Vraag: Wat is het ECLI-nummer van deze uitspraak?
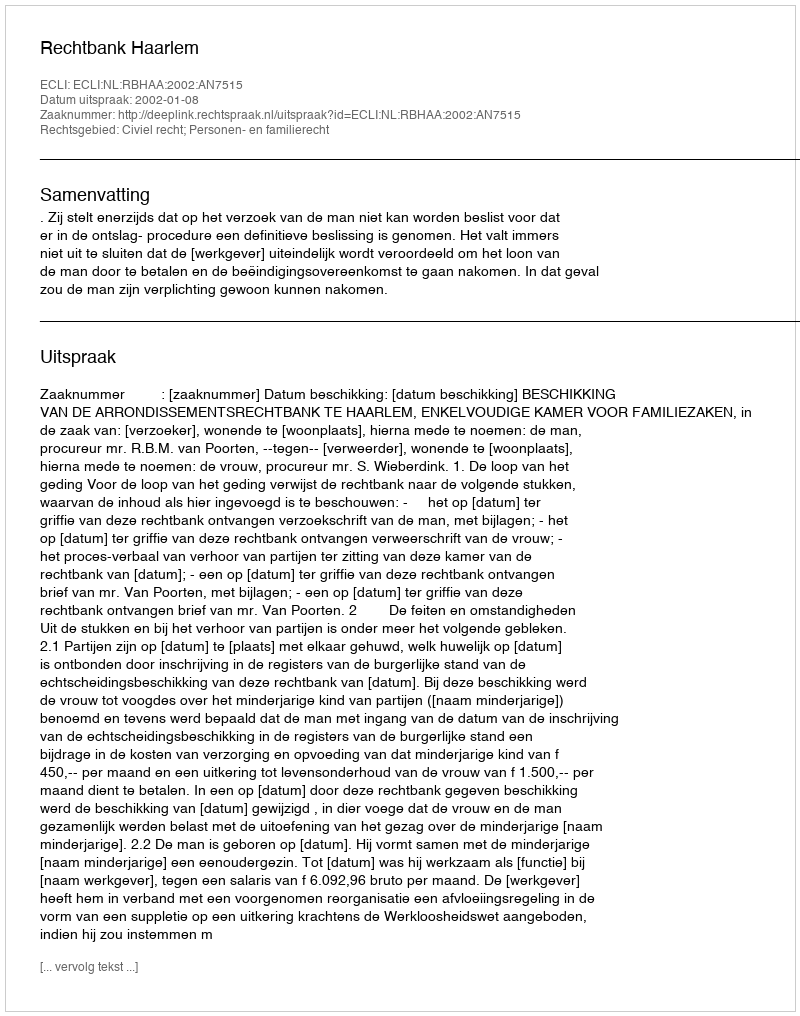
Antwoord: ECLI:NL:RBHAA:2002:AN7515